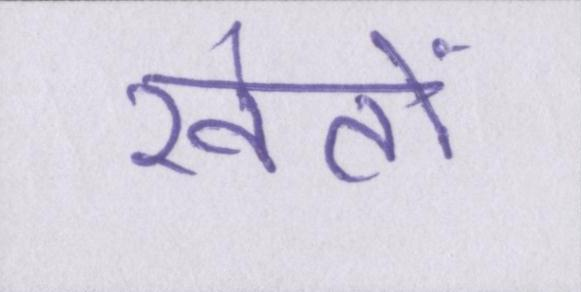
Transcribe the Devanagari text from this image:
खेंतो